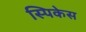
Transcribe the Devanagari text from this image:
स्पिकेस